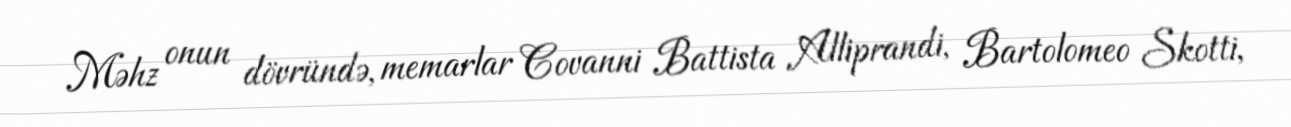
Məhz onun dövründə, memarlar Covanni Battista Alliprandi, Bartolomeo Skotti,